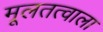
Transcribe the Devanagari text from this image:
मूलतत्वाला